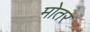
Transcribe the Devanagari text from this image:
मोतर